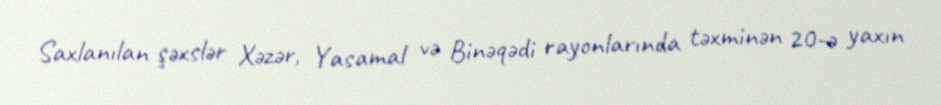
Saxlanılan şəxslər Xəzər, Yasamal və Binəqədi rayonlarında təxminən 20-ə yaxın